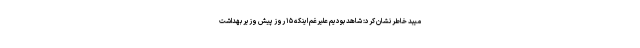
میبد خاطر نشان کرد: شاهد بودیم علیرغم اینکه ۱۵ روز پیش وزیر بهداشت